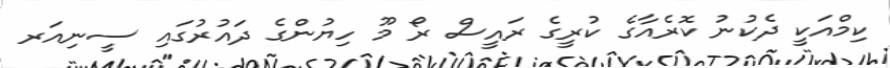
ކިމްއަކީ ދެކުނު ކޮރެއާގެ ކުރީގެ ރައީސް ރޯ މޫ ހިޔުންގެ ދައުރުގައި ސީނިއަރ